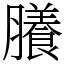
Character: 䑆